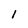
Character: l